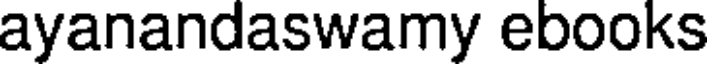
ayanandaswamy ebooks